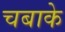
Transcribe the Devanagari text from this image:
चबाके